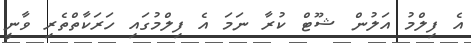
އެ ފިލްމު އަލުން ޝޫޓް ކުރާ ނަމަ އެ ފިލްމުގައި ހަރަކާތްތެރި ވާނީ